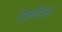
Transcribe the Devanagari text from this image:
स्वपीड़न